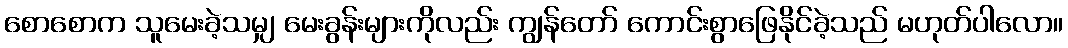
စောစောက သူမေးခဲ့သမျှ မေးခွန်းများကိုလည်း ကျွန်တော် ကောင်းစွာဖြေနိုင်ခဲ့သည် မဟုတ်ပါလော။